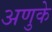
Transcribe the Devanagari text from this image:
अणुके